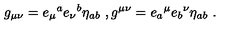
g _ { \mu \nu } = e _ { \mu } { } ^ { a } e _ { \nu } { } ^ { b } \eta _ { a b } \ , g ^ { \mu \nu } = e _ { a } { } ^ { \mu } e _ { b } { } ^ { \nu } \eta _ { a b } \ .